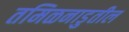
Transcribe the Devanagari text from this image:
तमिळनाडुतील